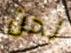
نحن